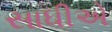
સાધીએ